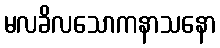
မလခိလသောကနာသနော